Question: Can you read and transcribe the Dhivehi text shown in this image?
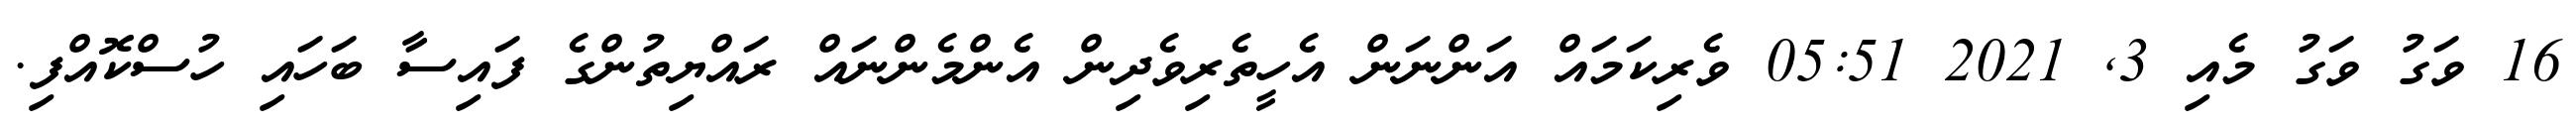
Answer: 16 ވަގު ވަގު މެއި 3, 2021 05:51 ވެރިކަމައް އަންނަން އެހީތެރިވެދިން އެންމެންނައް ރައްޔިތުންގެ ފައިސާ ބަހައި ހުސްކޮއްފި.